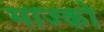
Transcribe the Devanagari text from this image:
माज्को